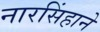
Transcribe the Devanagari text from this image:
नारसिंहाने